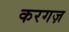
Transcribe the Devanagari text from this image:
करगज़